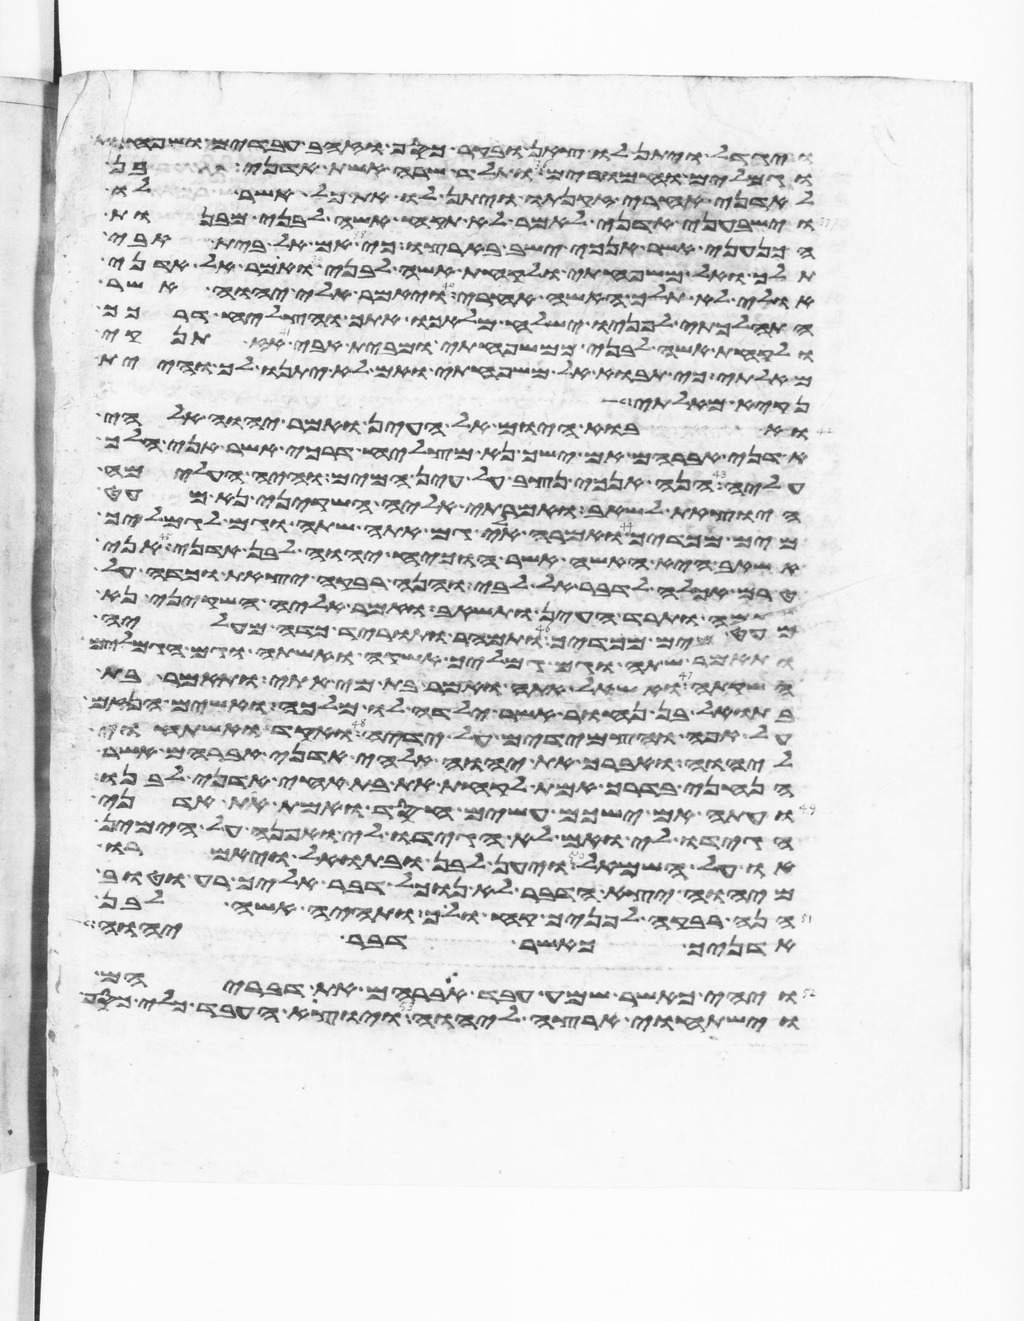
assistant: ויגדל ויתן לו צאן ובקר כסף וזהב עבדים ושפחות
וגמלים וחמרים ותלד שרה אשת אדני בן
לאדני אחרי זקנתו ויתן לו את כל אשר לו
וישבעני אדני לאמר לא תקח אשה לבני מבנות
הכנעני אשר אנכי ישב בארצו כי אם אל בית אבי
תלך ואל משפחתי ולקחת אשה לבני ואמר אל אדני
אולי לא תלך האשה אחרי ויאמר אלי יהוה אשר
התהלכתי לפניו ישלח מלאכו אתך והצליח דרכך
ולקחת אשה לבני ממשפחתי ומבית אבי אז תנקיא
מאלתי כי תבוא אל משפחתי ואם לא יתנו לך והיית
נקיא מאלתי
ואבוא היום אל העין ואמר יהוה אלהי
אדני אברהם אם ישך נא מצליח דרכי אשר אני הלך
עליה הנה אנכי נצב על עין המים והיה העלמה
היצאת לשאב ואמרתי אליה השקיני נא מעט
מים מכדך ואמרה אלי גם אתה שתה וגם לגמליך
אשאב היא האשה אשר הוכיח יהוה לבן אדני אני
טרם אכלה לדבר אל לבי והנה רבקה יצאת וכדה על
שכמה ותרד העין ותשאב ואמר אליה השקיני נא
מעט מים מכדך ותמהר ותורד כדה מעליה
ותאמר שתה וגם גמליך אשקה ואשתה וגם הגמלים
השקתה ואשאל אתה ואמר בת מי אתי ותאמר בת
בתואל בן נחור אשר ילדה לו מלכה ואשים הנזם
על אפה והצמידים על ידיה ואקד ואשתחוי
ליהוה ואברך את יהוה אלהי אדני אברהם אשר
הנחני בדרך אמת לקחת את בת אחי אדני לבנו
ועתה אם ישכם עשים חסד ואמת את אדני
הגידו לי ואם לא הגידו לי ואפנה על הימין
או על השמאל ויען לבן ובתואל ויאמרו
מיהוה יצא הדבר לא נוכל דבר אליך רע וטוב
הנה רבקה לפניך קח ולך ותהי אשה לבן
אדניך כאשר דבר יהוה
ויהי כאשר שמע עבד אברהם את דבריהם
וישתחוי ארצה ליהוה ויוצא העבד כלי כסף